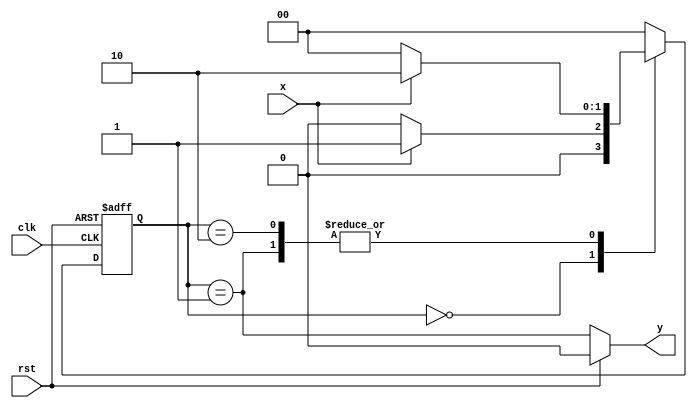
`timescale 1ns / 1ps
//////////////////////////////////////////////////////////////////////////////////
// Company: 
// Engineer: 
// 
// Design Name: 
// Module Name: exp2lab8
// Project Name: 
// Target Devices: 
// Tool Versions: 
// Description: 
// 
// Dependencies: 
// 
// Revision:
// Revision 0.01 - File Created
// Additional Comments:
// 
//////////////////////////////////////////////////////////////////////////////////


module exp2lab8(input clk, rst, x, output y);
reg[1:0] state, nextstate;
parameter [1:0] A = 2'b00, B= 2'b01, C=2'b10;
always @(*) begin
case(state)
A: if (x == 0) nextstate = A; 
else nextstate = B;
B: if (x == 0) nextstate = A;
else nextstate = C;
C: if (x == 0) nextstate = A;
else nextstate = C;
default: nextstate = A;
endcase
end

always @ (posedge clk, posedge rst) begin
if (rst)
state <= A;
else
state <= nextstate;
end

assign y = rst?0: (state ==B);
endmodule